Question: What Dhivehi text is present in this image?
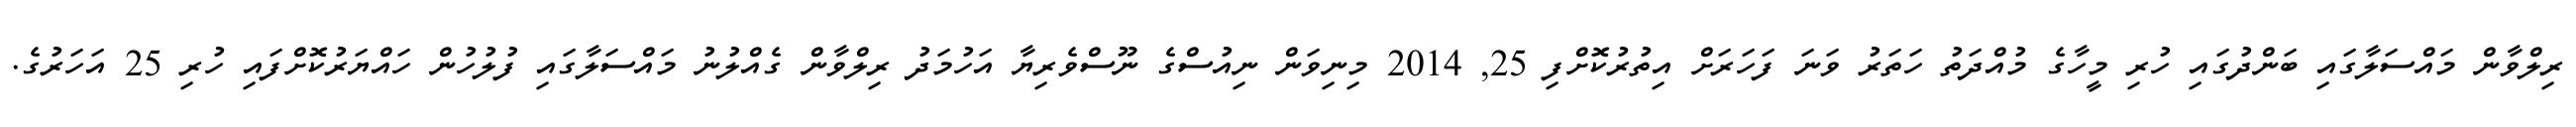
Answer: ރިލްވާން މައްސަލާގައި ބަންދުގައި ހުރި މީހާގެ މުއްދަތު ހަތަރު ވަނަ ފަހަރަށް އިތުރުކޮށްފި 25, 2014 މިނިވަން ނިއުސްގެ ނޫސްވެރިޔާ އަހުމަދު ރިލްވާން ގެއްލުނު މައްސަލާގައި ފުލުހުން ހައްޔަރުކޮށްފައި ހުރި 25 އަހަރުގެ.